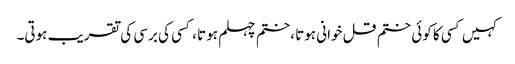
کہیں کسی کا کوئی ختم قل خوانی ہوتا ،ختم چہلم ہوتا ، کسی کی برسی کی تقریب ہوتی۔